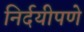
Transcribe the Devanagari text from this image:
निर्दयीपणे